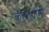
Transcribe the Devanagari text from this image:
कोंदाटोनी